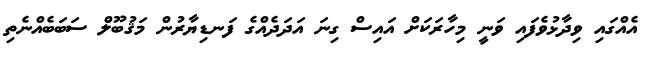
އެއްގައި ވިދާޅުވެފައި ވަނީ މިހާރަކަށް އައިސް ގިނަ އަދަދެއްގެ ފަނޑިޔާރުން މަޤުބޫލް ސަބަބެއްނެތި